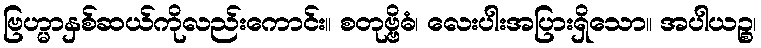
ဗြဟ္မာနှစ်ဆယ်ကိုလည်းကောင်း။ စတုဗ္ဗိဓံ၊ လေးပါးအပြားရှိသော။ အပါယဉ္စ၊